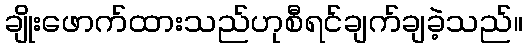
ချိုးဖောက်ထားသည်ဟုစီရင်ချက်ချခဲ့သည်။